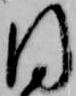
同